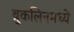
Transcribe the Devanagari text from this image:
ब्रुकलिनमध्ये